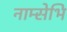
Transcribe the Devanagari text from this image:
नाम्सेभि